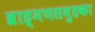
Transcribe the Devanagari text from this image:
ब्राह्मणसमुहका